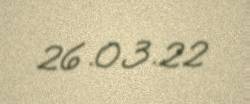
26.03.22